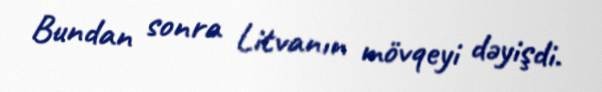
Bundan sonra Litvanın mövqeyi dəyişdi.